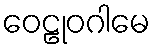
ဝေဠုဝဂါမေ